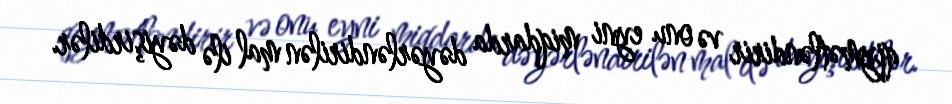
qiymətləndirir və onu eyni miqdarda dəyərləndirilən mal ilə dəyişirdilər.